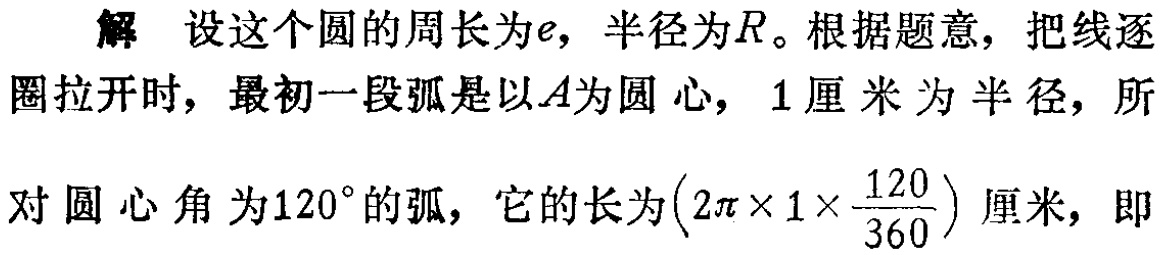
解 设这个圆的周长为\(e\)，半径为\(R\)。根据题意，把线逐圈拉开时，最初一段弧是以\(A\)为圆心，\(1\)厘米为半径，所对圆心角为\(120^{\circ}\)的弧，它的长为\((2\pi\times 1\times\frac{120}{360})\)厘米，即